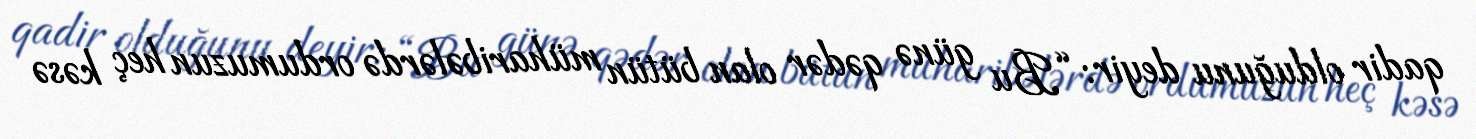
qadir olduğunu deyir: “Bu günə qədər olan bütün müharibələrdə ordumuzun heç kəsə